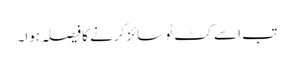
تب اِسے کٹ ٹو سائز کرنے کا فیصلہ ہوا۔